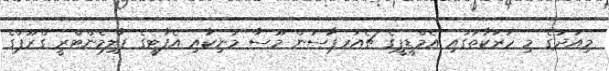
މިއަދުގެ މި ހަރަކާތުގައި އެމްޑީޕީގެ ޗެއަރޕާސަން މޫސާ މަނިކާއި އެފާޓީގެ ޕާލިމެންޓްރީ ގްރޫޕްގެ